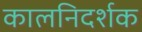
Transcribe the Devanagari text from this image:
कालनिदर्शक